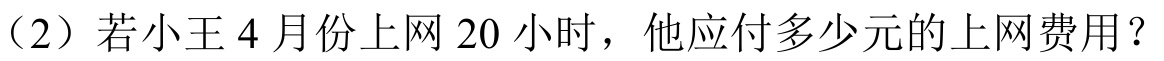
（2）若小王4月份上网20小时，他应付多少元的上网费用？